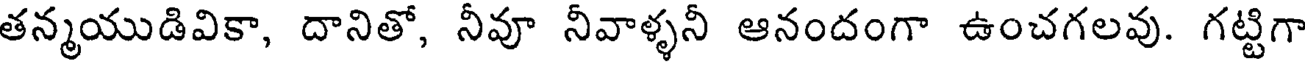
తన్మయుడివికా, దానితో, నీవూ నీవాళ్ళనీ ఆనందంగా ఉంచగలవు. గట్టిగా